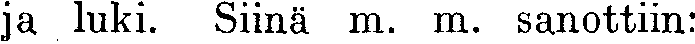
ja luki. Siinä m. m. sanottiin: